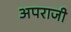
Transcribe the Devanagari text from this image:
अपराजी